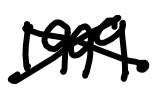
Text: 1999.
Cross-out: cross
Writing tool: digital_black